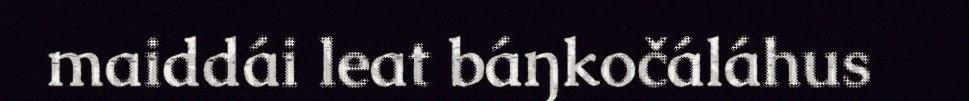
maiddái leat báŋkočáláhus